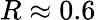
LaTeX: R\approx 0.6